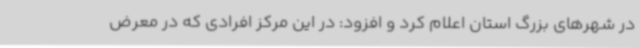
در شهرهای بزرگ استان اعلام کرد و افزود: در این مرکز افرادی که در معرض